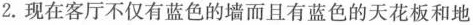
2.现在客厅不仅有蓝色的墙而且有蓝色的天花板和地